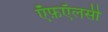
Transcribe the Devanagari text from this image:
ऍफ़ऍलसी